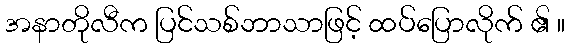
အနာတိုလီက ပြင်သစ်ဘာသာဖြင့် ထပ်ပြောလိုက် ၏ ။